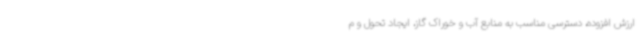
ارزش افزوده، دسترسی مناسب به منابع آب و خوراک گاز، ایجاد تحول و م